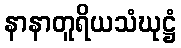
နာနာတူရိယသံဃုဋ္ဌံ